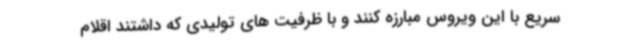
سریع با این ویروس مبارزه کنند و با ظرفیت های تولیدی که داشتند اقلام